Leaving Certificate Examination (including Day School Certificate (Higher) General paper), 1936
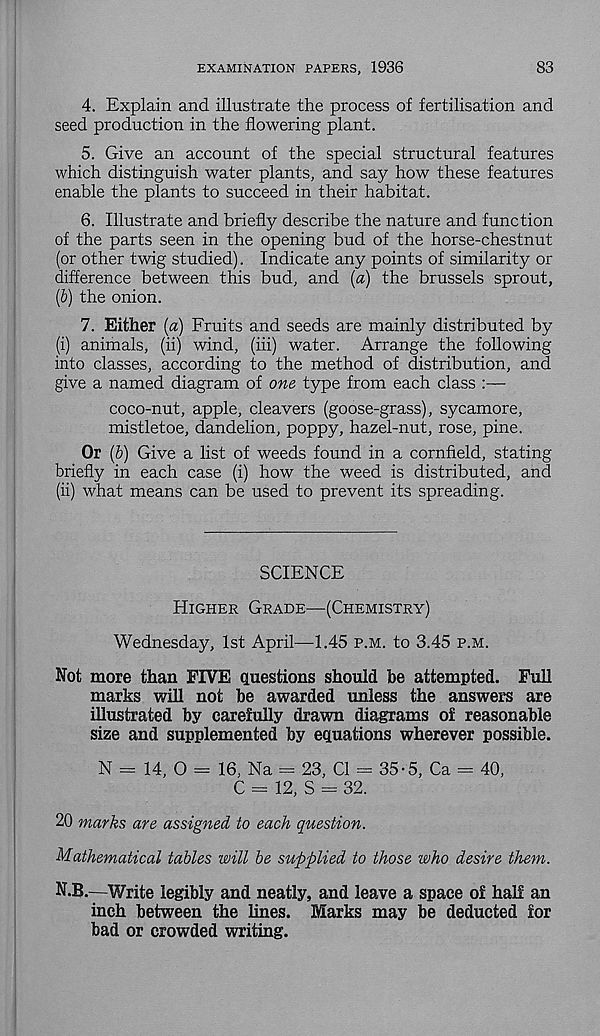
EXAMINATION PAPERS, 1936
83
4. Explain and illustrate the process of fertilisation and
seed production in the flowering plant.
5. Give an account of the special structural features
which distinguish water plants, and say how these features
enable the plants to succeed in their habitat.
6. Illustrate and briefly describe the nature and function
of the parts seen in the opening bud of the horse-chestnut
(or other twig studied). Indicate any points of similarity or
difference between this bud, and (a) the brussels sprout,
(b) the onion.
7. Either (a) Fruits and seeds are mainly distributed by
(i) animals, (ii) wind, (iii) water. Arrange the following
into classes, according to the method of distribution, and
give a named diagram of one type from each class :—
coco-nut, apple, cleavers (goose-grass), sycamore,
mistletoe, dandelion, poppy, hazel-nut, rose, pine.
Or (b) Give a list of weeds found in a cornfield, stating
briefly in each case (i) how the weed is distributed, and
(ii) what means can be used to prevent its spreading.
SCIENCE
Higher Grade—(Chemistry)
Wednesday, 1st April—1.45 p.m. to 3.45 p.m.
Not more than FIVE questions should be attempted. Full
marks will not be awarded unless the answers are
illustrated by carefully drawn diagrams of reasonable
size and supplemented by equations wherever possible.
N = 14, O = 16, Na = 23, Cl = 35-5, Ca = 40,
C = 12, S = 32.
20 marks are assigned to each question.
Mathematical tables will be supplied to those who desire them.
N.B.—Write legibly and neatly, and leave a space of half an
inch between the lines. Marks may be deducted for
bad or crowded writing.